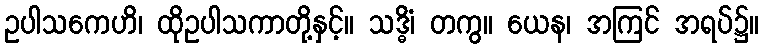
ဥပါသကေဟိ၊ ထိုဥပါသကာတို့နှင့်။ သဒ္ဓိံ၊ တကွ။ ယေန၊ အကြင် အရပ်၌။